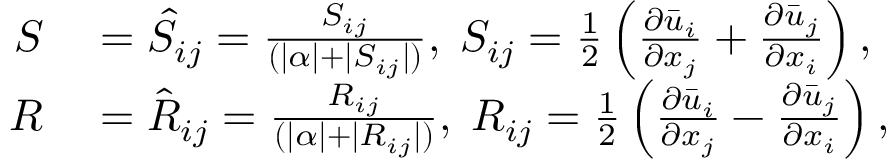
\begin{array} { r l } { \boldsymbol { S } } & { { } = \hat { S } _ { i j } = \frac { { S } _ { i j } } { ( | \alpha | + | S _ { i j } | ) } , \; { S } _ { i j } = \frac { 1 } { 2 } \left( \frac { \partial \bar { u } _ { i } } { \partial x _ { j } } + \frac { \partial \bar { u } _ { j } } { \partial x _ { i } } \right) , } \\ { \boldsymbol { R } } & { { } = \hat { R } _ { i j } = \frac { { R } _ { i j } } { ( | \alpha | + | R _ { i j } | ) } , \; { R } _ { i j } = \frac { 1 } { 2 } \left( \frac { \partial \bar { u } _ { i } } { \partial x _ { j } } - \frac { \partial \bar { u } _ { j } } { \partial x _ { i } } \right) , } \end{array}